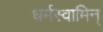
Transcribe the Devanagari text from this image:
धर्मस्वामिन्